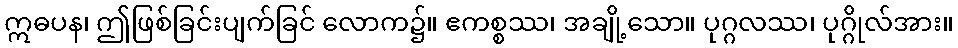
ဣဓပန၊ ဤဖြစ်ခြင်းပျက်ခြင် လောက၌။ ဧကစ္စဿ၊ အချို့သော။ ပုဂ္ဂလဿ၊ ပုဂ္ဂိုလ်အား။